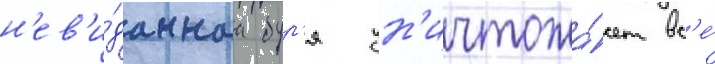
н'ев'и́даннаа бур'я ун'ичтожа́ет вс'е́